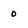
Character: 0